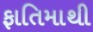
ફાતિમાથી